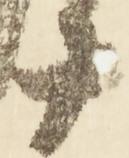
十